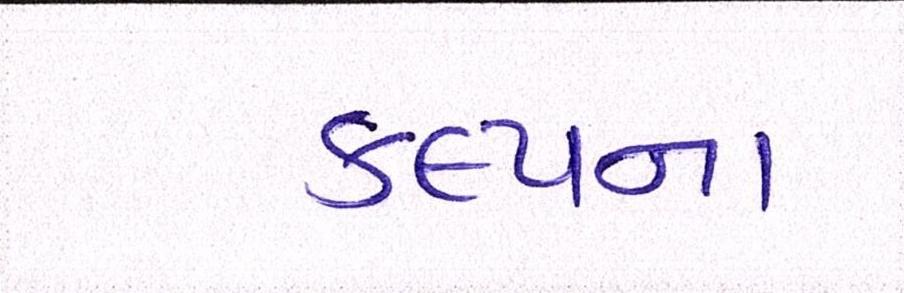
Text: કલ્પના